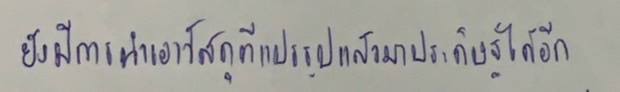
ยังมีการนำเอาวัสดุที่แปรรูปแล้วมาประดิษฐ์ได้อีก